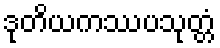
ဒုတိယကဿပသုတ္တံ